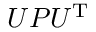
U P U ^ { \mathrm { { T } } }